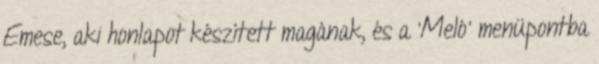
Emese, aki honlapot készített magának, és a 'Meló' menüpontba